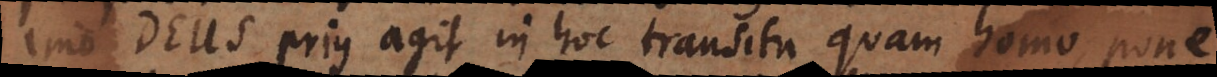
imo Deus prius agit in hoc transitu quam homo, pone